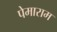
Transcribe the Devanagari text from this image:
पेमाराम